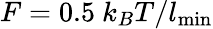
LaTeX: F=0.5~k_{B}T/l_{\mathrm{min}}